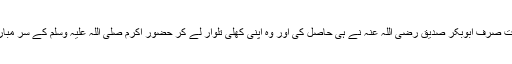
اللہ کی قسم اس دن یہ سعادت صرف ابوبکر صدیق رضی اللہ عنہ نے ہی حاصل کی اور وہ اپنی کھلی تلوار لے کر حضور اکرم صلی اللہ علیہ وسلم کے سر مبارک کے پاس کھڑے رہے۔